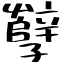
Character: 孼